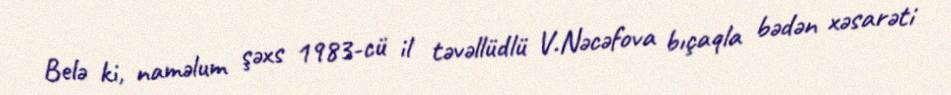
Belə ki, naməlum şəxs 1983-cü il təvəllüdlü V.Nəcəfova bıçaqla bədən xəsarəti